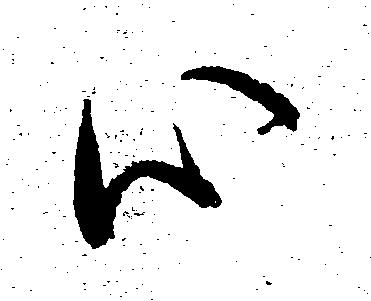
心